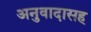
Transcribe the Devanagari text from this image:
अनुवादासह